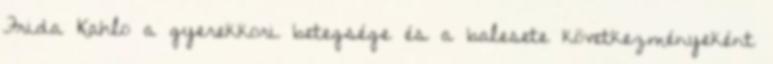
Frida Kahlo a gyerekkori betegsége és a balesete következményeként